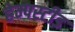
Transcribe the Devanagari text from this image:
हेम्पस्टीड